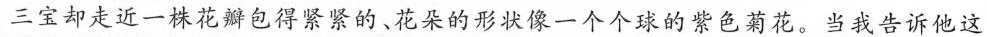
三宝却走近一株花瓣包得紧紧的、花朵的形状像一个个球的紫色菊花。当我告诉他这